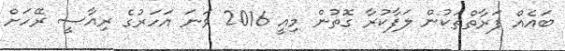
ބައެއް ފަރާތްތަކުން ލަފާކުރާ ގޮތުން މިއީ 2016 ވަނަ އަހަރުގެ ރިއާސީ ރޭހަށް